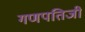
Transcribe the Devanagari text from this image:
गणपतिजी